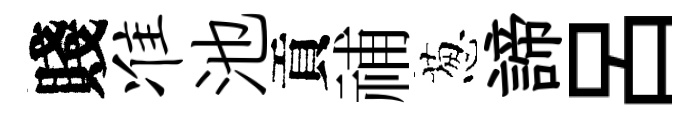
賤准池貢𥙷葱諦呂